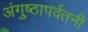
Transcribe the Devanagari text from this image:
अंगुष्ठापर्वतनी